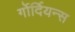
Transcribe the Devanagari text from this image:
र्गोर्दियन्स